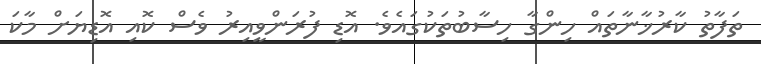
ތަފާތު ކާރުޚާނާތައް ހިންގާ ހިސާބުތަކުގައެވެ. އޮޑި ފުރަންވީއިރު ވެސް ކޮއި އޮޑިޔަށް މާކަ